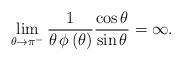
LaTeX: \begin{align*}\lim_{\theta\rightarrow \pi^{-}}\frac{1}{\theta\,\phi\left(\theta\right)}\frac{\cos{\theta}}{\sin{\theta}} =\infty.\end{align*}